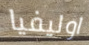
اوليفيا